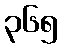
၃၆၅